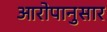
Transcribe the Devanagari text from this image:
आरोपानुसार